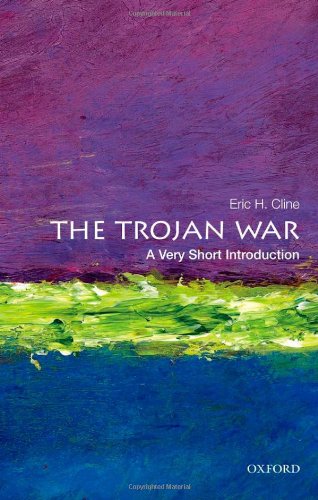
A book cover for The Trojan War: A Very Short Introduction (Very Short Introductions); Eric H. Cline; History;